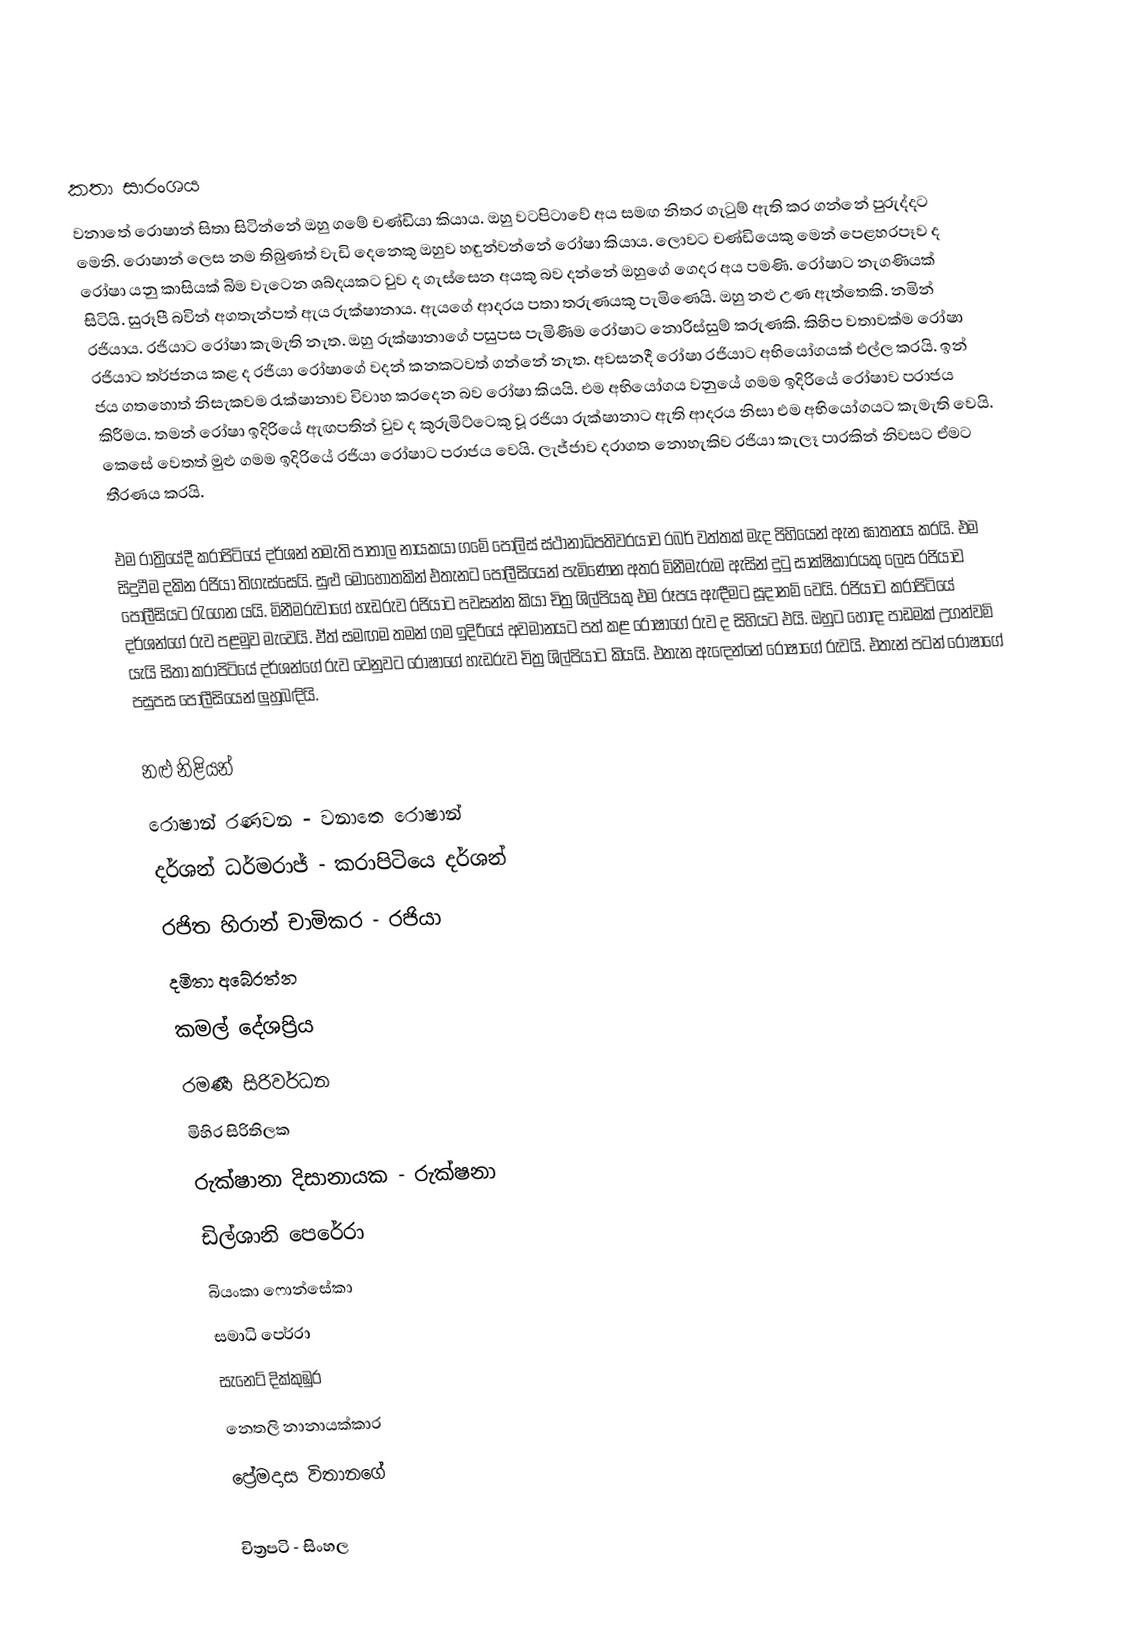

කතා සාරංශය
වනාතේ රොෂාන් සිතා සිටින්නේ ඔහු ගමේ චණ්ඩියා කියාය. ඔහු වටපිටාවේ අය සමඟ නිතර ගැටුම් ඇති කර ගන්නේ පුරුද්දට මෙනි. රොෂාන් ලෙස නම තිබුණත් වැඩි දෙනෙකු ඔහුව හඳුන්වන්නේ රෝෂා කියාය. ලොවට චණ්ඩියෙකු මෙන් පෙළහරපෑව ද රෝෂා යනු කාසියක් බිම වැටෙන ශබ්දයකට වුව ද ගැස්සෙන අයකු බව දන්නේ ඔහුගේ ගෙදර අය පමණි. රෝෂාට නැගණියක් සිටියි. සුරූපී බවින් අගතැන්පත් ඇය රුක්ෂානාය. ඇයගේ ආදරය පතා තරුණයකු පැමිණෙයි. ඔහු නළු උණ ඇත්තෙකි. නමින් රජියාය. රජියාට රෝෂා කැමැති නැත. ඔහු රුක්ෂානාගේ පසුපස පැමිණීම රෝෂාට නොරිස්සුම් කරුණකි. කිහිප වතාවක්ම රෝෂා රජියාට තර්ජනය කළ ද රජියා රෝෂාගේ වදන් කනකටවත් ගන්නේ නැත. අවසනදී රෝෂා රජියාට අභියෝගයක් එල්ල කරයි. ඉන් ජය ගතහොත් නිසැකවම රැක්ෂානාව විවාහ කරදෙන බව රෝෂා කියයි. එම අභියෝගය වනුයේ ගමම ඉදිරියේ රෝෂාව පරාජය කිරීමය. තමන් රෝෂා ඉදිරියේ ඇඟපතින් වුව ද කුරුමිට්ටෙකු වූ රජියා රුක්ෂානාට ඇති ආදරය නිසා එම අභියෝගයට කැමැති වෙයි. කෙසේ වෙතත් මුළු ගමම ඉදිරියේ රජියා රෝෂාට පරාජය වෙයි. ලැජ්ජාව දරාගත නොහැකිව රජියා කැලෑ පාරකින් නිවසට ඒමට තීරණය කරයි.

එම රාත්‍රියේදී කරාපිටියේ දර්ශන් නමැති පාතාල නායකයා ගමේ පොලිස් ස්ථානාධිපතිවරයාව රබර් වත්තක් මැද පිහියෙන් ඇන ඝාතනය කරයි. එම සිදුවීම දකින රජියා තිගැස්සෙයි. සුළු මොහොතකින් එතැනට පොලීසියෙන් පැමිණෙන අතර මිනීමැරුම ඇසින් දුටු සාක්ෂිකාරයකු ලෙස රජියාව පොලීසියට රැගෙන යයි. මිනීමරුවාගේ හැඩරුව රජියාට පවසන්න කියා චිත්‍ර ශිල්පියකු එම රූපය ඇඳීමට සූදානම් වෙයි. රජියාට කරාපිටියේ දර්ශන්ගේ රුව පළමුව මැවෙයි. ඒත් සමඟම තමන් ගම ඉදිරියේ අවමානයට පත් කළ රොෂාගේ රුව ද සිහියට එයි. ඔහුට හොඳ පාඩමක් උගන්වමි යැයි සිතා කරාපිටියේ දර්ශන්ගේ රුව වෙනුවට රෝෂාගේ හැඩරුව චිත්‍ර ශිල්පියාට කියයි. එතැන ඇඳෙන්නේ රෝෂාගේ රුවයි. එතැන් පටන් රෝෂාගේ පසුපස පොලීසියෙන් ලුහුබඳියි.

නළු නිළියන්
රොෂාන් රණවන - වනාතෙ රොෂාන්
දර්ශන් ධර්මරාජ් - කරාපිටියෙ දර්ශන්
රජිත හිරාන් චාමිකර - රජියා
දමිතා අබේරත්න
කමල් දේශප්‍රිය
රමණී සිරිවර්ධන
මිහිර සිරිතිලක
රුක්ෂානා දිසානායක - රුක්ෂනා
ඩිල්ශානි පෙරේරා
බියංකා ෆොන්සේකා
සමාධි පෙර්රා
සැනෙට් දික්කුඹුර
නෙතලි නානායක්කාර
ප්‍රේමදාස විතානගේ

චිත්‍රපටි - සිංහල